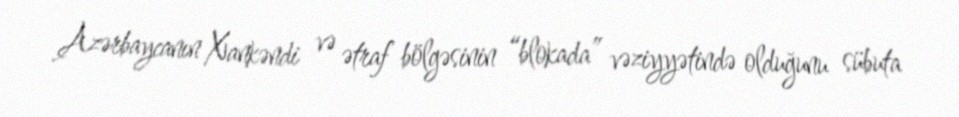
Azərbaycanın Xankəndi və ətraf bölgəsinin “blokada” vəziyyətində olduğunu sübuta